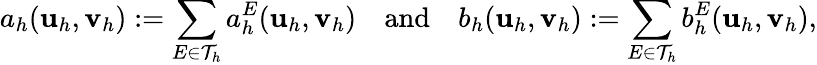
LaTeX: a_{h}(\textbf{u}_{h},\textbf{v}_{h}):=\displaystyle{\sum_{E\in\mathcal{T}_{h}}a_{h}^{E}(\textbf{u}_{h},\textbf{v}_{h})}\quad\mathrm{and}\quad b_{h}(\textbf{u}_{h},\textbf{v}_{h}):=\displaystyle{\sum_{E\in\mathcal{T}_{h}}b_{h}^{E}(\textbf{u}_{h},\textbf{v}_{h})},